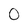
Character: 0